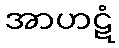
အာဟဋံ